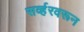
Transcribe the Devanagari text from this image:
सर्व्हरवरून